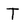
Character: T